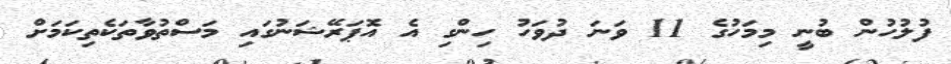
ފުލުހުން ބުނީ މިމަހުގެ 11 ވަނަ ދުވަހު ހިންގި އެ އޮޕަރޭޝަނުގައި މަސްތުވާތަކެތިކަމަށް